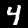
Label: 4